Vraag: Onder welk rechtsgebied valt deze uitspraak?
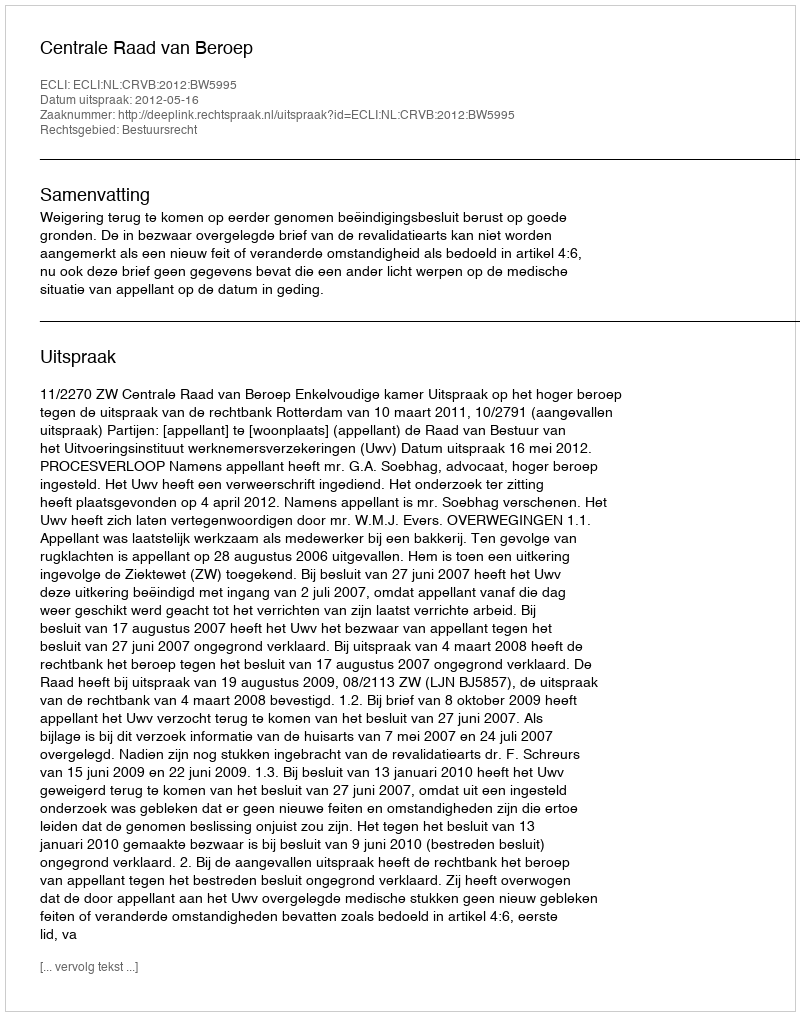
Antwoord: Bestuursrecht